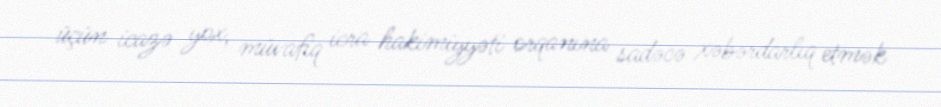
üçün icazə yox, müvafiq icra hakimiyyəti orqanına sadəcə xəbərdarlıq etmək